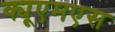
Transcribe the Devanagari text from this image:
क्यूएमएस